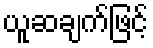
ယူဆချက်ဖြင့်